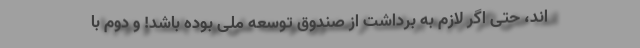
اند، حتى اگر لازم به برداشت از صندوق توسعه ملى بوده باشد! و دوم با